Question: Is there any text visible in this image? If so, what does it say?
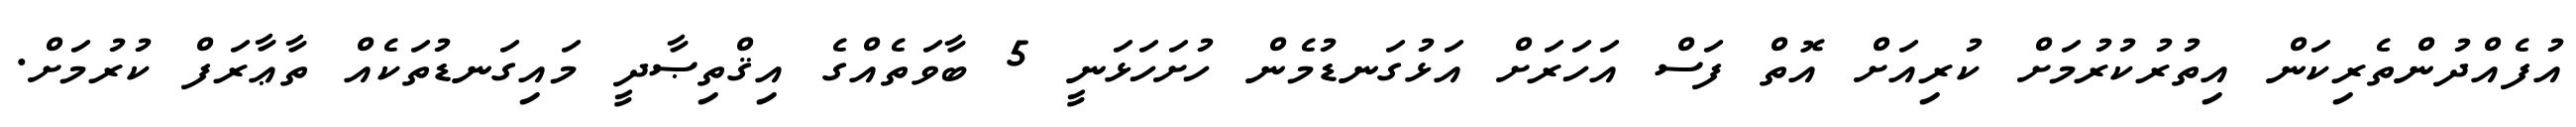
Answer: އުފެއްދުންތެރިކަން އިތުރުކުރުމަށް ކުރިއަށް އޮތް ފަސް އަހަރަށް އަޅުގަނޑުމެން ހުށަހަޅަނީ 5 ބާވަތެއްގެ އިޤްތިޞާދީ މައިގަނޑުތަކެއް ތާޢާރަފް ކުރުމަށް.